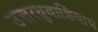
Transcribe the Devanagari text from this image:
उत्तरध्रुवाशिवाय